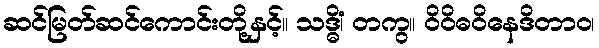
ဆင်မြတ်ဆင်ကောင်းတို့နှင့်။ သဒ္ဓိံ၊ တကွ။ ဝိဝိဓဝိနေဒိတာဝ၊